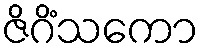
ဇိဂိံသကော